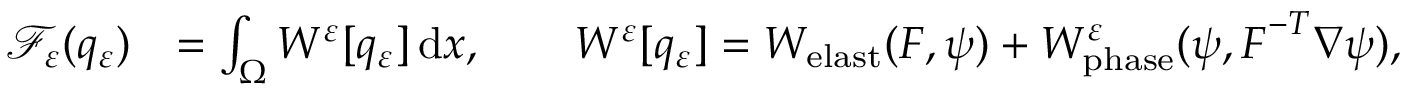
\begin{array} { r l } { \mathscr { F } _ { \varepsilon } ( q _ { \varepsilon } ) } & { = \int _ { \Omega } W ^ { \varepsilon } [ q _ { \varepsilon } ] \, \mathrm { d } x , \qquad W ^ { \varepsilon } [ q _ { \varepsilon } ] = W _ { \mathrm { e l a s t } } ( \boldsymbol { F } , \psi ) + W _ { \mathrm { p h a s e } } ^ { \varepsilon } ( \psi , \boldsymbol { F } ^ { - T } \nabla \psi ) , } \end{array}